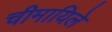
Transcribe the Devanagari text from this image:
चीमायिले